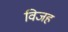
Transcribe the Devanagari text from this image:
विजह